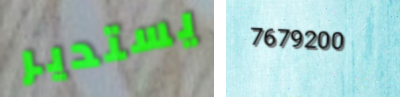
يستدير 7679200